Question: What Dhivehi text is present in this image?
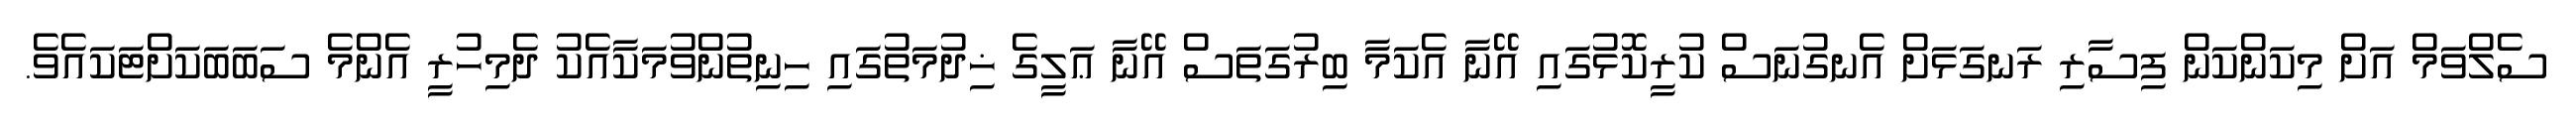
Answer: ސެލްވަމް އަށް މިކަންކަން ފިސާރި ރަނގަޅަށް އެނގުނަސް ކުރީކޮޅުގައި އޭނާ އެކަމާ ބިރުގަތަސް އޭނާ ޢަލީގެ ޚިދުމަތުގައި ހިނިތުންވުމަކާއެކު ދެމިހުރީ އެންމެ ސަބަބަކަށްޓަކައެވެ.